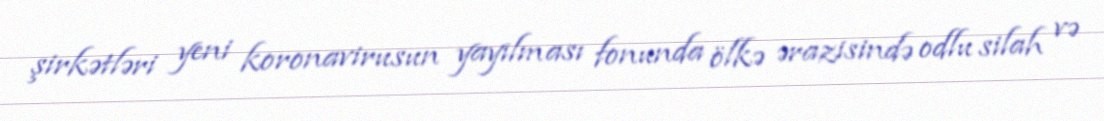
şirkətləri yeni koronavirusun yayılması fonunda ölkə ərazisində odlu silah və